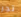
تجر